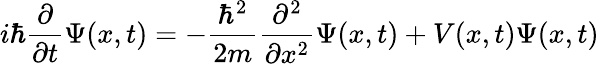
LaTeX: i\hbar{\frac{\partial}{\partial t}}\Psi(x,t)=-{\frac{\hbar^{2}}{2m}}{\frac{\partial^{2}}{\partial x^{2}}}\Psi(x,t)+V(x,t)\Psi(x,t)